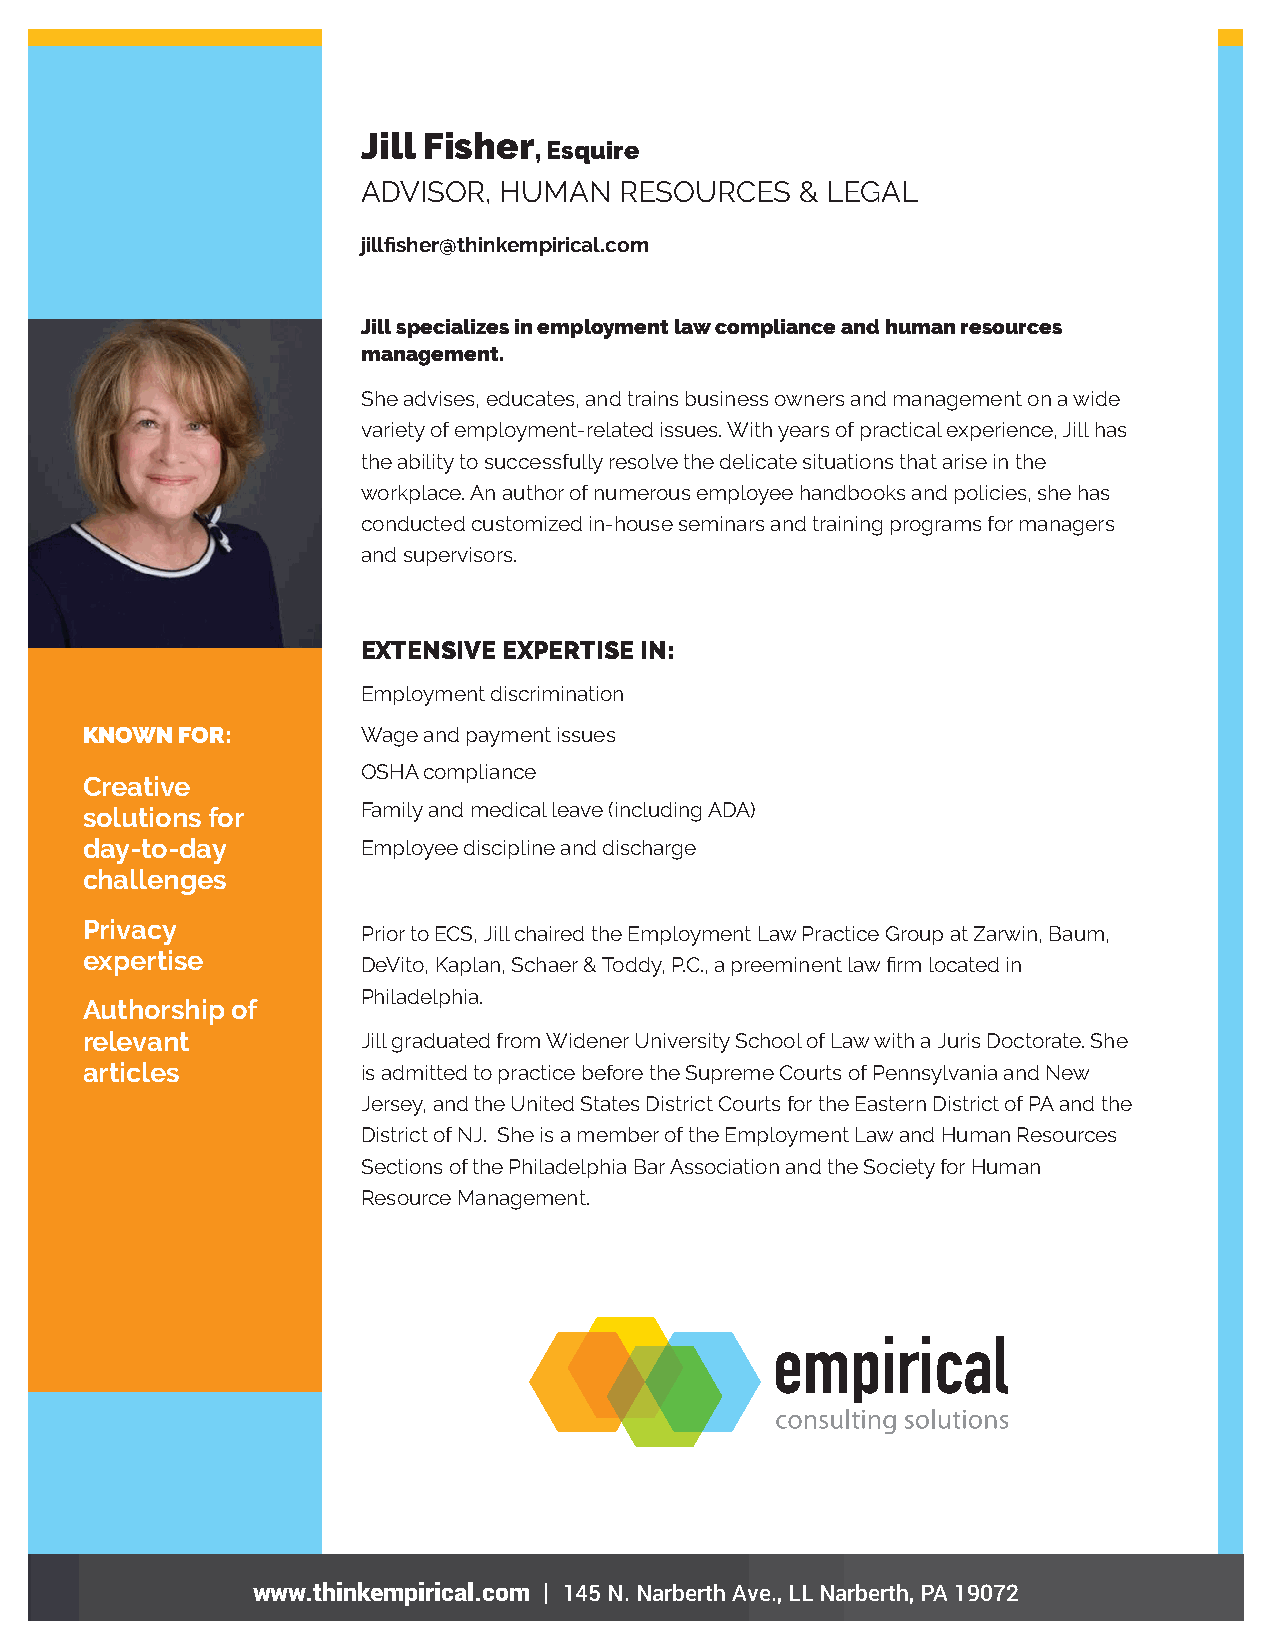
Jill Fisher
 , Esquire
 ADVISOR, HUMAN   RESOURCES   & LEGAL
 jillfisher@thinkempirical.com
 Jill specializes in employment law compliance and human resources
 management.
 She advises, educates, and trains business owners and management on a wide
 variety of employment-related issues. With years of practical experience, Jill has
 the ability to successfully resolve the delicate situations that arise in the
 workplace. An author of numerous employee handbooks and policies, she has
 conducted customized in-house seminars and training programs for managers
 and supervisors.
 EXTENSIVE EXPERTISE IN:
 Employment discrimination
 KNOWN  FOR:        Wage and payment issues
 OSHA compliance
 Creative
 solutions for      Family and medical leave (including ADA)
 day-to-day         Employee discipline and discharge
 challenges
 Privacy
 Prior to ECS, Jill chaired the Employment Law Practice Group at Zarwin, Baum,
 expertise
 DeVito, Kaplan, Schaer & Toddy, P.C., a preeminent law firm located in
 Philadelphia.
 Authorship of
 relevant           Jill graduated from Widener University School of Law with a Juris Doctorate. She
 articles           is admitted to practice before the Supreme Courts of Pennsylvania and New
 Jersey, and the United States District Courts for the Eastern District of PA and the
 District of NJ. She is a member of the Employment Law and Human Resources
 Sections of the Philadelphia Bar Association and the Society for Human
 Resource Management.
 www.thinkempirical.com | 145 N. Narberth Ave., LL Narberth, PA 19072